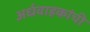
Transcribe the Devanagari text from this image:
अर्धवाहकांची